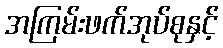
အကြမ်းဖက်အုပ်စုနှင့်